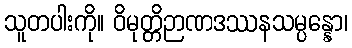
သူတပါးကို။ ဝိမုတ္တိဉာဏဒဿနသမ္ပန္နော၊